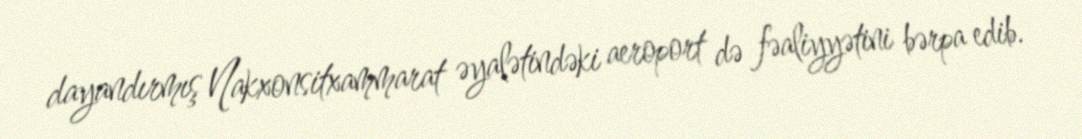
dayandırmış Nakxonsitxammarat əyalətindəki aeroport də fəaliyyətini bərpa edib.